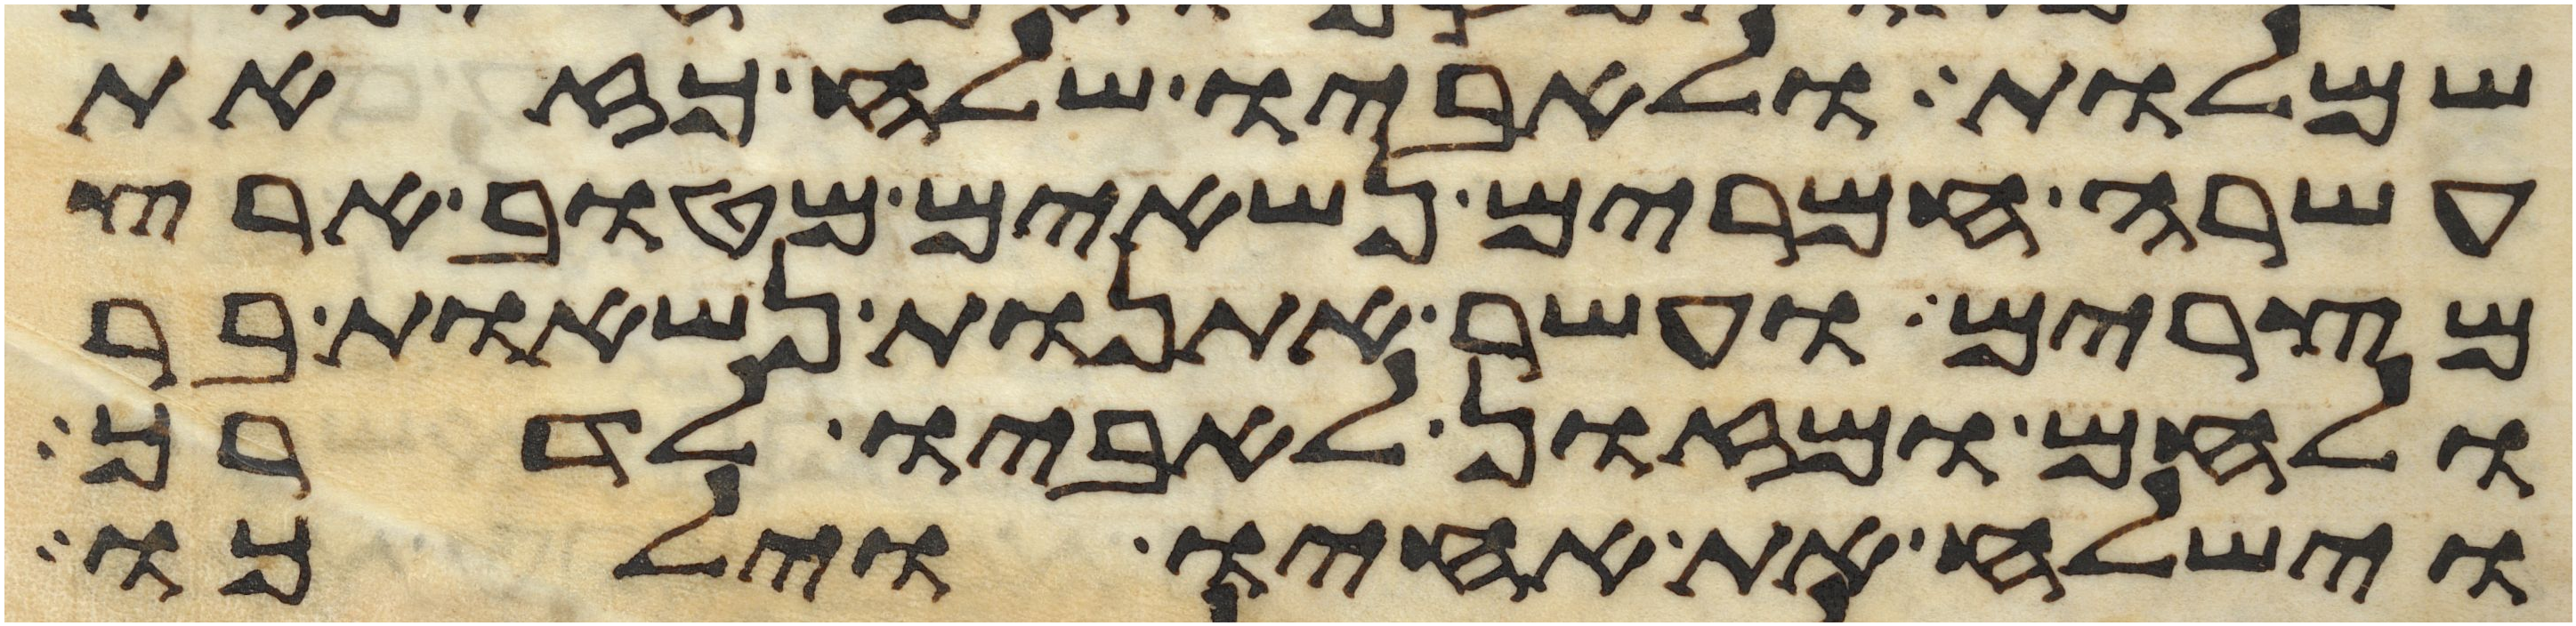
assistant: שמלות ולאביו שלח כזאת
עשרה חמרים נשאים מטוב ארץ
מצרים ועשר אתנות נשאות בר
ולחם ומזון לאביו לדרך
וישלח את אחיו וילכו